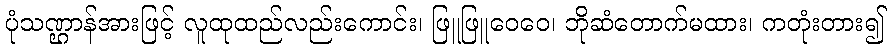
ပုံသဏ္ဌာန်အားဖြင့် လူထုထည်လည်းကောင်း၊ ဖြူဖြူဝေဝေ၊ ဘိုဆံတောက်မထား၊ ကတုံးတား၍